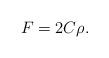
LaTeX: \begin{align*}F=2C\rho.\end{align*}